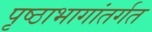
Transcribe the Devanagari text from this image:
पृष्ठाभागांतर्गत